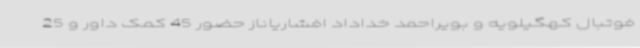
فوتبال کهگیلویه و بویراحمد خداداد افشاریاناز حضور 45 کمک داور و 25